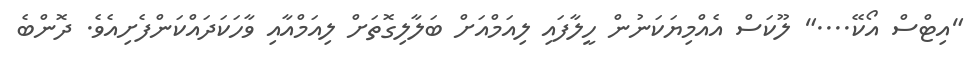
"އިޓްސް އޯކޭ...." ލޫކަސް އެއްމިޔަކަނުން ހީލާފައި ލިއަމްއަށް ބަލާލިގޮތަށް ލިއަމްއާއި ވާހަކަދައްކަންފެށިއެވެ. ދޮންބެ